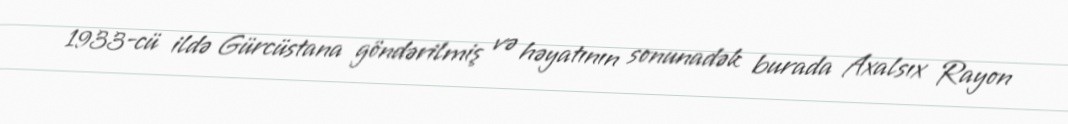
1933-cü ildə Gürcüstana göndərilmiş və həyatının sonunadək burada Axalsıx Rayon